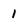
Character: 1